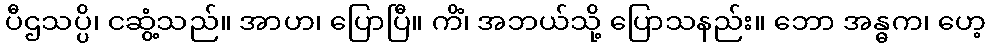
ပီဌသပ္ပိ၊ ငဆွံ့သည်။ အာဟ၊ ပြောပြီ။ ကိံ၊ အဘယ်သို့ ပြောသနည်း။ ဘော အန္ဓက၊ ဟေ့